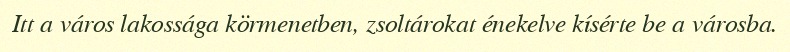
Itt a város lakossága körmenetben, zsoltárokat énekelve kísérte be a városba.